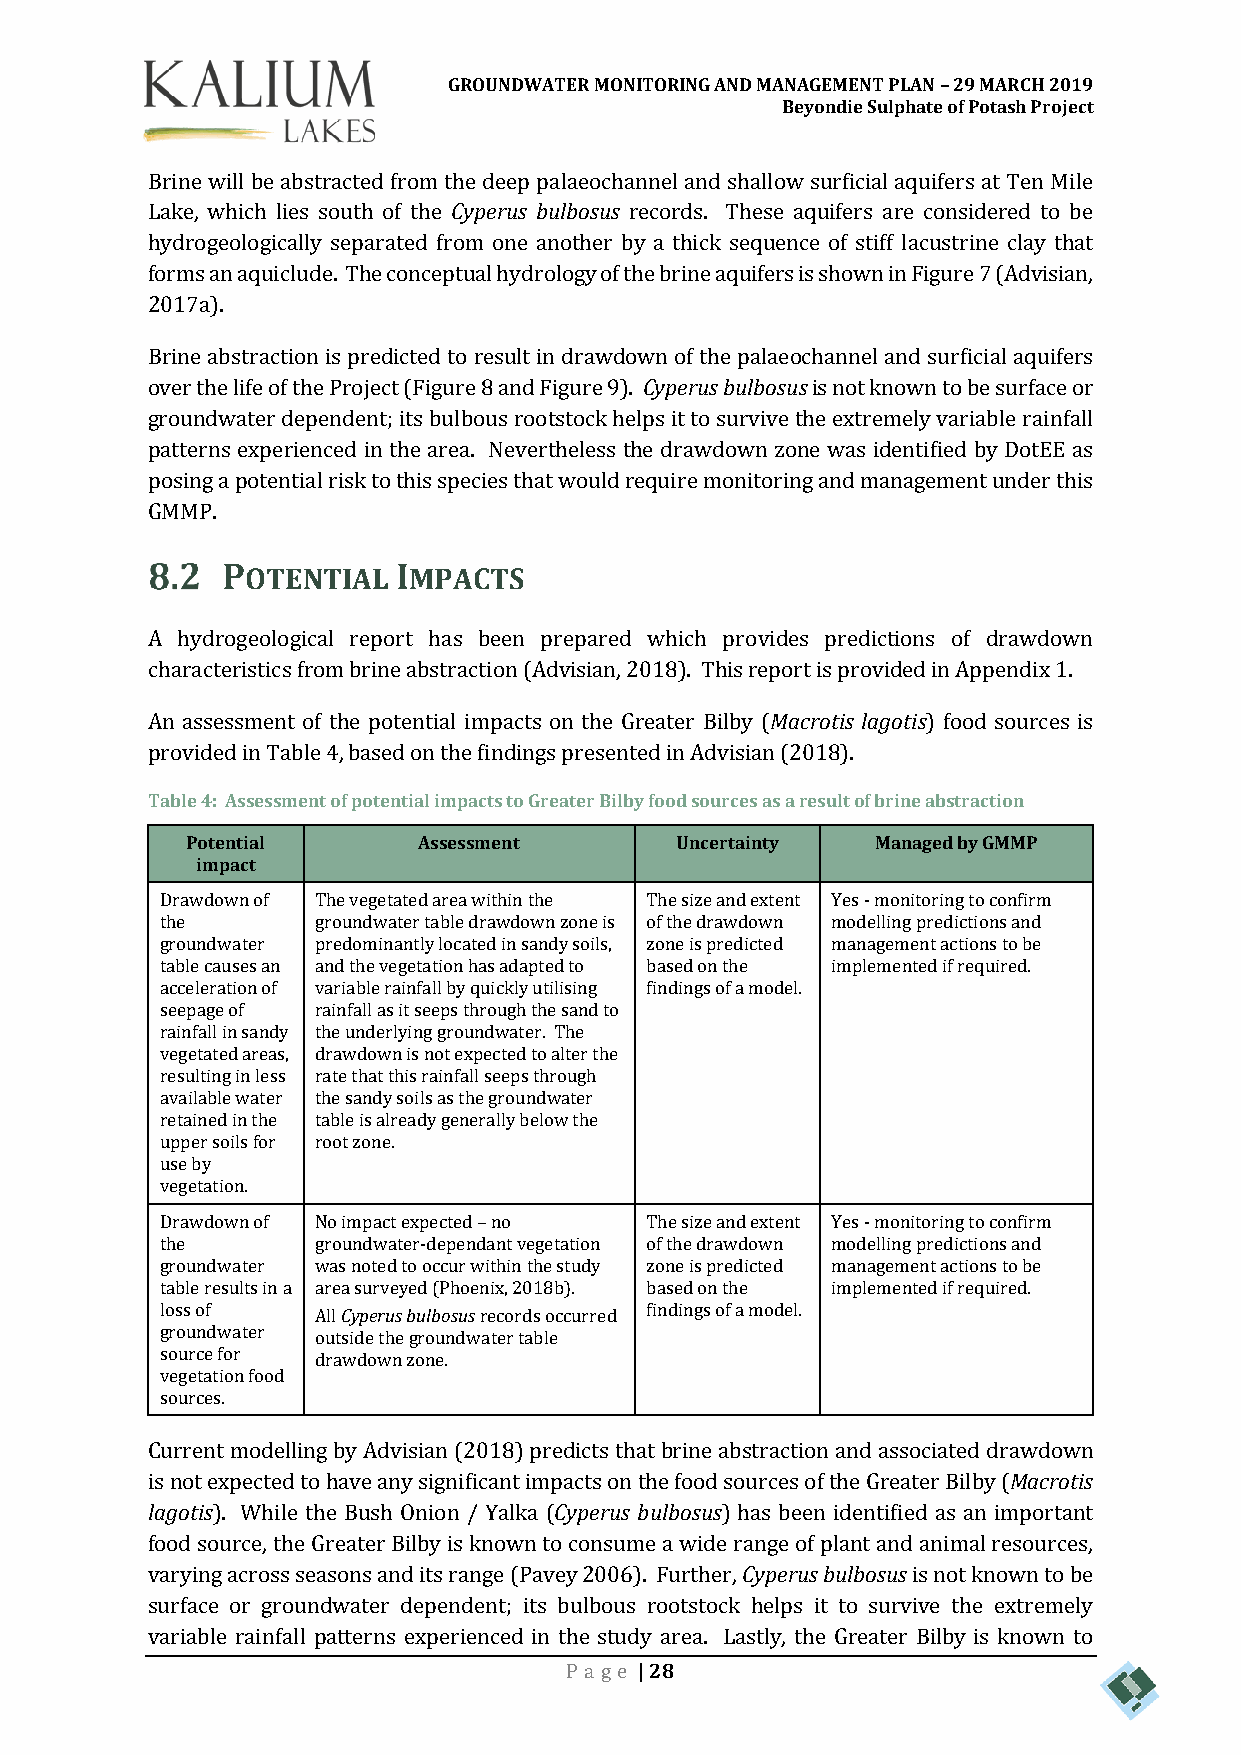
GROUNDWATER MONITORING AND MANAGEMENT PLAN – 29 MARCH 2019
 Beyondie Sulphate of Potash Project
 Brine will be abstracted from the deep palaeochannel and shallow surficial aquifers at Ten Mile
 Lake, which lies south of the Cyperus bulbosus records. These aquifers are considered to be
 hydrogeologically separated from one another by a thick sequence of stiff lacustrine clay that
 forms an aquiclude. The conceptual hydrology of the brine aquifers is shown in Figure 7 (Advisian,
 2017a).
 Brine abstraction is predicted to result in drawdown of the palaeochannel and surficial aquifers
 over the life of the Project (Figure 8 and Figure 9). Cyperus bulbosus is not known to be surface or
 groundwater dependent; its bulbous rootstock helps it to survive the extremely variable rainfall
 patterns experienced in the area. Nevertheless the drawdown zone was identified by DotEE as
 posing a potential risk to this species that would require monitoring and management under this
 GMMP.
 POTENTIAL  IMPACTS
 A hydrogeological report has been prepared which provides predictions of drawdown
 characteristics from brine abstraction (Advisian, 2018). This report is provided in Appendix 1.
 An assessment of the potential impacts on the Greater Bilby (Macrotis lagotis) food sources is
 provided in Table 4, based on the findings presented in Advisian (2018).
 Table 4: Assessment of potential impacts to Greater Bilby food sources as a result of brine abstraction
 Potential       Assessment       Uncertainty  Managed by GMMP
 impact
 Drawdown of The vegetated area within the The size and extent Yes - monitoring to confirm
 the       groundwater table drawdown zone is of the drawdown modelling predictions and
 groundwater predominantly located in sandy soils, zone is predicted management actions to be
 table causes an and the vegetation has adapted to based on the implemented if required.
 acceleration of variable rainfall by quickly utilising findings of a model.
 seepage of rainfall as it seeps through the sand to
 rainfall in sandy the underlying groundwater. The
 vegetated areas, drawdown is not expected to alter the
 resulting in less rate that this rainfall seeps through
 available water the sandy soils as the groundwater
 retained in the table is already generally below the
 upper soils for root zone.
 use by
 vegetation.
 Drawdown of No impact expected – no The size and extent Yes - monitoring to confirm
 the       groundwater-dependant vegetation of the drawdown modelling predictions and
 groundwater was noted to occur within the study zone is predicted management actions to be
 table results in a area surveyed (Phoenix, 2018b). based on the implemented if required.
 loss of   All Cyperus bulbosus records occurred findings of a model.
 groundwater outside the groundwater table
 source for drawdown zone.
 vegetation food
 sources.
 Current modelling by Advisian (2018) predicts that brine abstraction and associated drawdown
 is not expected to have any significant impacts on the food sources of the Greater Bilby (Macrotis
 lagotis). While the Bush Onion / Yalka (Cyperus bulbosus) has been identified as an important
 food source, the Greater Bilby is known to consume a wide range of plant and animal resources,
 varying across seasons and its range (Pavey 2006). Further, Cyperus bulbosus is not known to be
 surface or groundwater dependent; its bulbous rootstock helps it to survive the extremely
 variable rainfall patterns experienced in the study area. Lastly, the Greater Bilby is known to
 Pa ge | 28